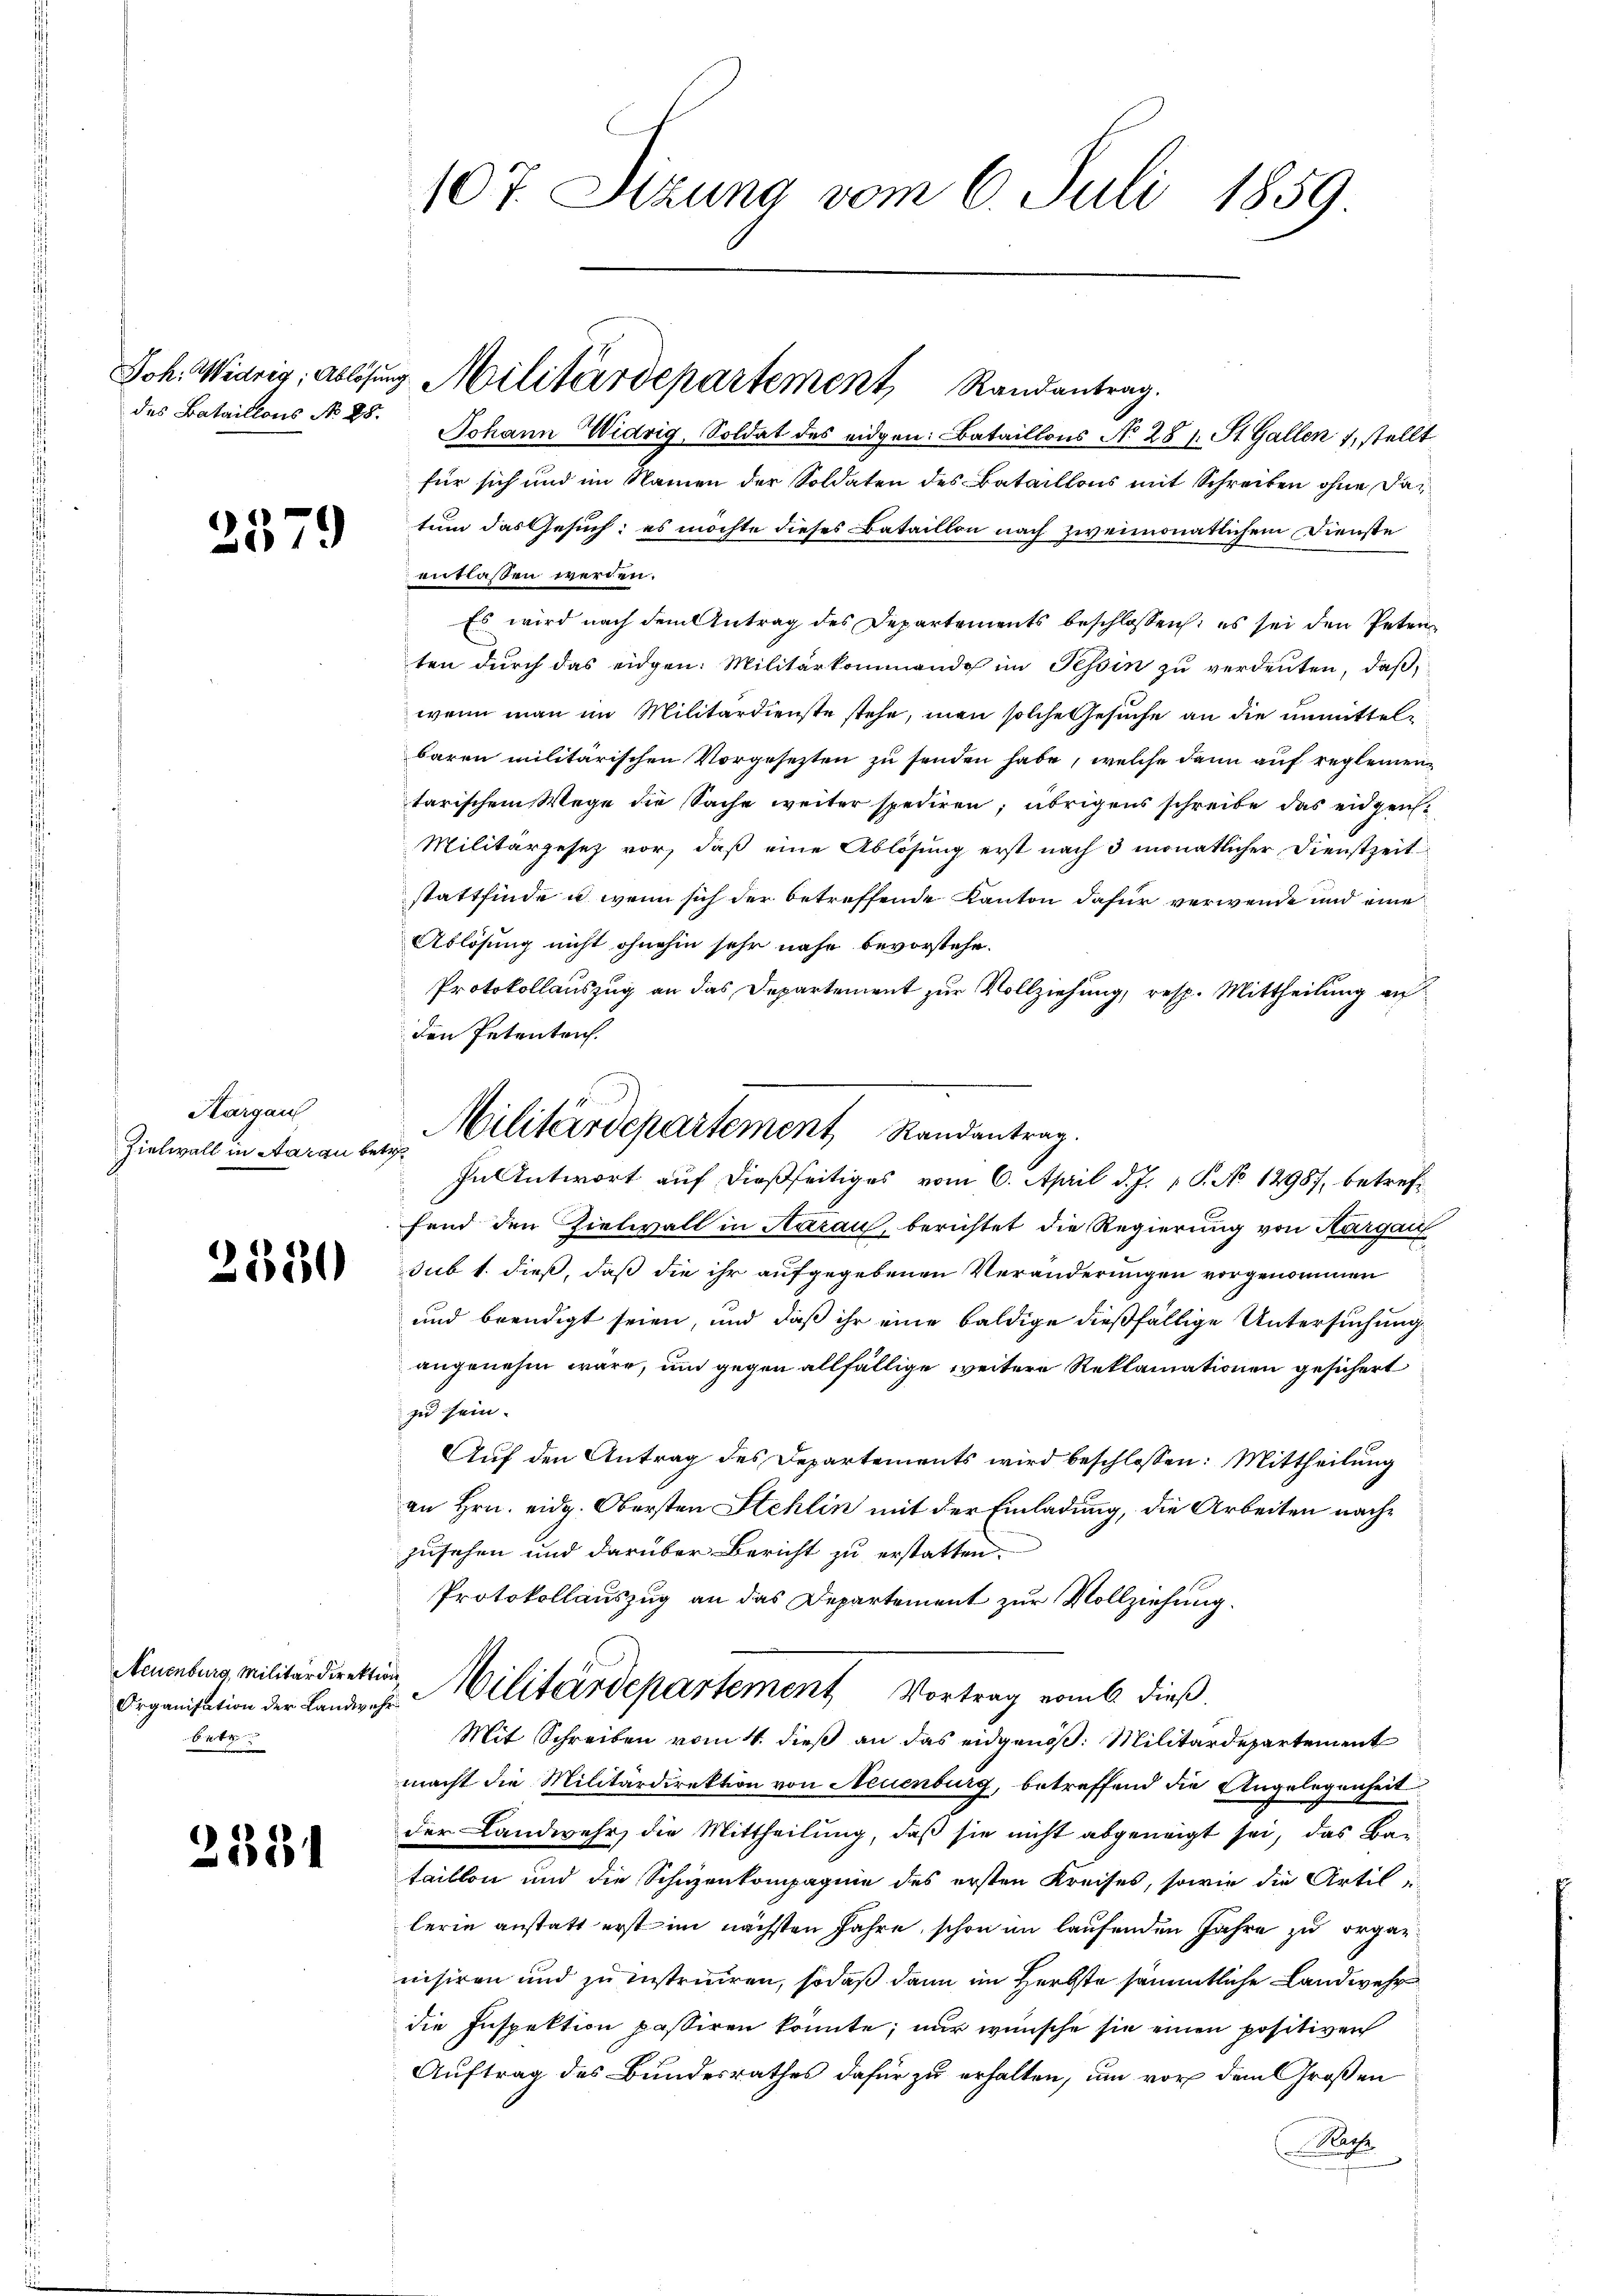
des Bataillons No 28.

2579

Kargau
Zielwall in Aarau be¬

2550

Neuenburg, Militärdirekti
Organisation der Landweh
Erke

2534

107 Sizung vom 6. Juli 1859

Johann Widrig, Soldat des eidgen: Bataillons No 28 1. St. Gallen 1, stellt
für sich und im Namen der Soldaten des Bataillons mit Schreiben ohne datum das Gesuch: es möchte dieses Bataillon nach zweimonatlichem Dienste
entlassen werden.
Es wird nach dem Antrag des Departements beschlossen, es sei den Petenten durch das eidgen: Militärkommando im Tessin zu verdeuten, daß
wenn man im Militärdienste stehe, man solche Gesuche an die unmittelbaren militärischen Vorgesezten zu senden habe, welche dann auf reglementarischem Wege die Sache weiter spediren; übrigens schreibe das eidgen¬
Militärgesez vor, daß eine Ablösung erst nach 3 monatlicher Dienstzeit
stattfinde u. wenn sich der betreffende Kanton dafür verwende und eine
Ablösung nicht ohnehin sehr nahe bevorstehe.
Protokollauszug an das Departement zur Vollziehung, resp. Mittheilung an
den Petentrich.
fend den Zielwall in Aarau, berichtet die Regierung von Aargau
sub 1. dieß, daß die ihr aufgegebenen Veränderungen vorgenommen
und beendigt seien, und daß ihr eine baldige dießfällige Untersuchung
angenehm wäre, um gegen allfällige weitere Reklamationen gesichert
zu sein.
Auf den Antrag des Departements wird beschlossen: Mittheilung
an Hrn. eidg. Obersten Stehlin mit der Einladung, die Arbeiten nachzusehen und darüber Bericht zu erstatten.
Protokollauszug an das Departement zur Vollziehung.
Militärdepartement Vortrag vom 6. dieß.
Mit Schreiben vom 4. dieß an das eidgenoß: Militärdepartement
macht die Militärdirektion von Neuenburg, betreffend die Angelegenheit
der Landwehr, die Mittheilung, daß sie nicht abgeneigt sei, das Bai-
taillon und die Schizenkompagnie des ersten Kreises, sowie die Artil un
lerin anstatt erst im nächsten Jahre, schon im laufenden Jahre zu organnisiren und zu instruiren, sodaß dann im Herbste sämmtliche Landwehr
die Inspektion passiren konnte; nur wünsche sie einen positiven
Auftrag des Bundesrathes dafür zu erhalten, um vor dem Großen
Rache

Joh. Widrig; ablösung Militärdepartement, Randantrag.

Militärdepartement Randantrag.
In Antwort auf dießseitiges vom 6. April d. J. 1 S. No 12987, betref¬